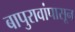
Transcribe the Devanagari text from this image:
बापुरावांपासून